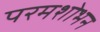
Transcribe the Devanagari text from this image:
परमशोभन